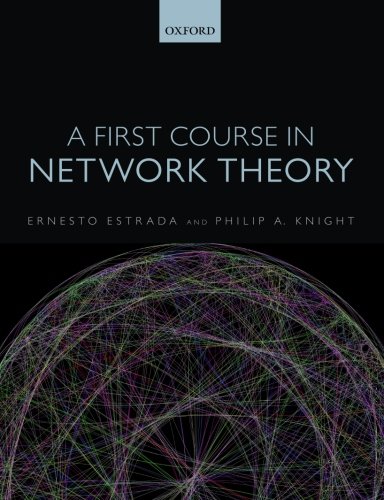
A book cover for A First Course in Network Theory; Ernesto Estrada; Science & Math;